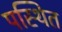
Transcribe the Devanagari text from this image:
पस्थित